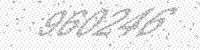
Solution: 960246